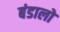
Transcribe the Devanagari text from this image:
बंडालों